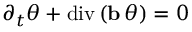
\partial _ { t } \theta + \ensuremath { \mathrm { d i v \, } } ( \ensuremath { \mathbf { b } } \, \theta ) = 0